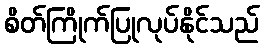
စိတ်ကြိုက်ပြုလုပ်နိုင်သည်